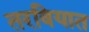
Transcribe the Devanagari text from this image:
तरवियात